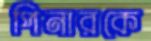
পিনারকে